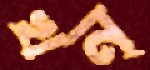
খন্